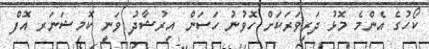
ކޯހުގެ އެންމެ މޮޅު ދަރިވަރަކަށް ހޮވުނު ހަސަން އިރުޝާދު ވަނީ ކޮމިޝަނަރ އޮފް